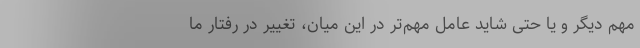
مهم دیگر و یا حتی شاید عامل مهم‌تر در این میان، تغییر در رفتار ما